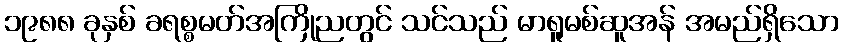
၁၉၈၈ ခုနှစ် ခရစ္စမတ်အကြိုညတွင် သင်သည် မာရူမစ်ဆူအန် အမည်ရှိသော